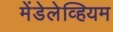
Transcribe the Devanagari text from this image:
मेंडेलेव्हियम